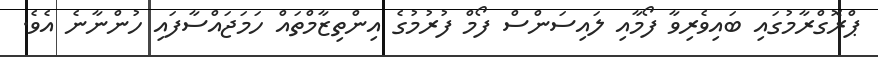
ޕްރޮގްރާމުގައި ބައިވެރިވާ ފޯމާއި ލައިސަންސް ފޯމް ފުރުމުގެ އިންތިޒާމްތައް ހަމަޖައްސާފައި ހުންނާނެ އެވެ.